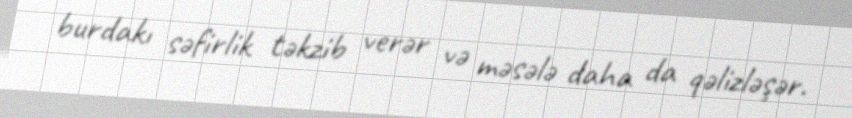
burdakı səfirlik təkzib verər və məsələ daha da qəlizləşər.